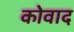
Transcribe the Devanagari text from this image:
कोवाद